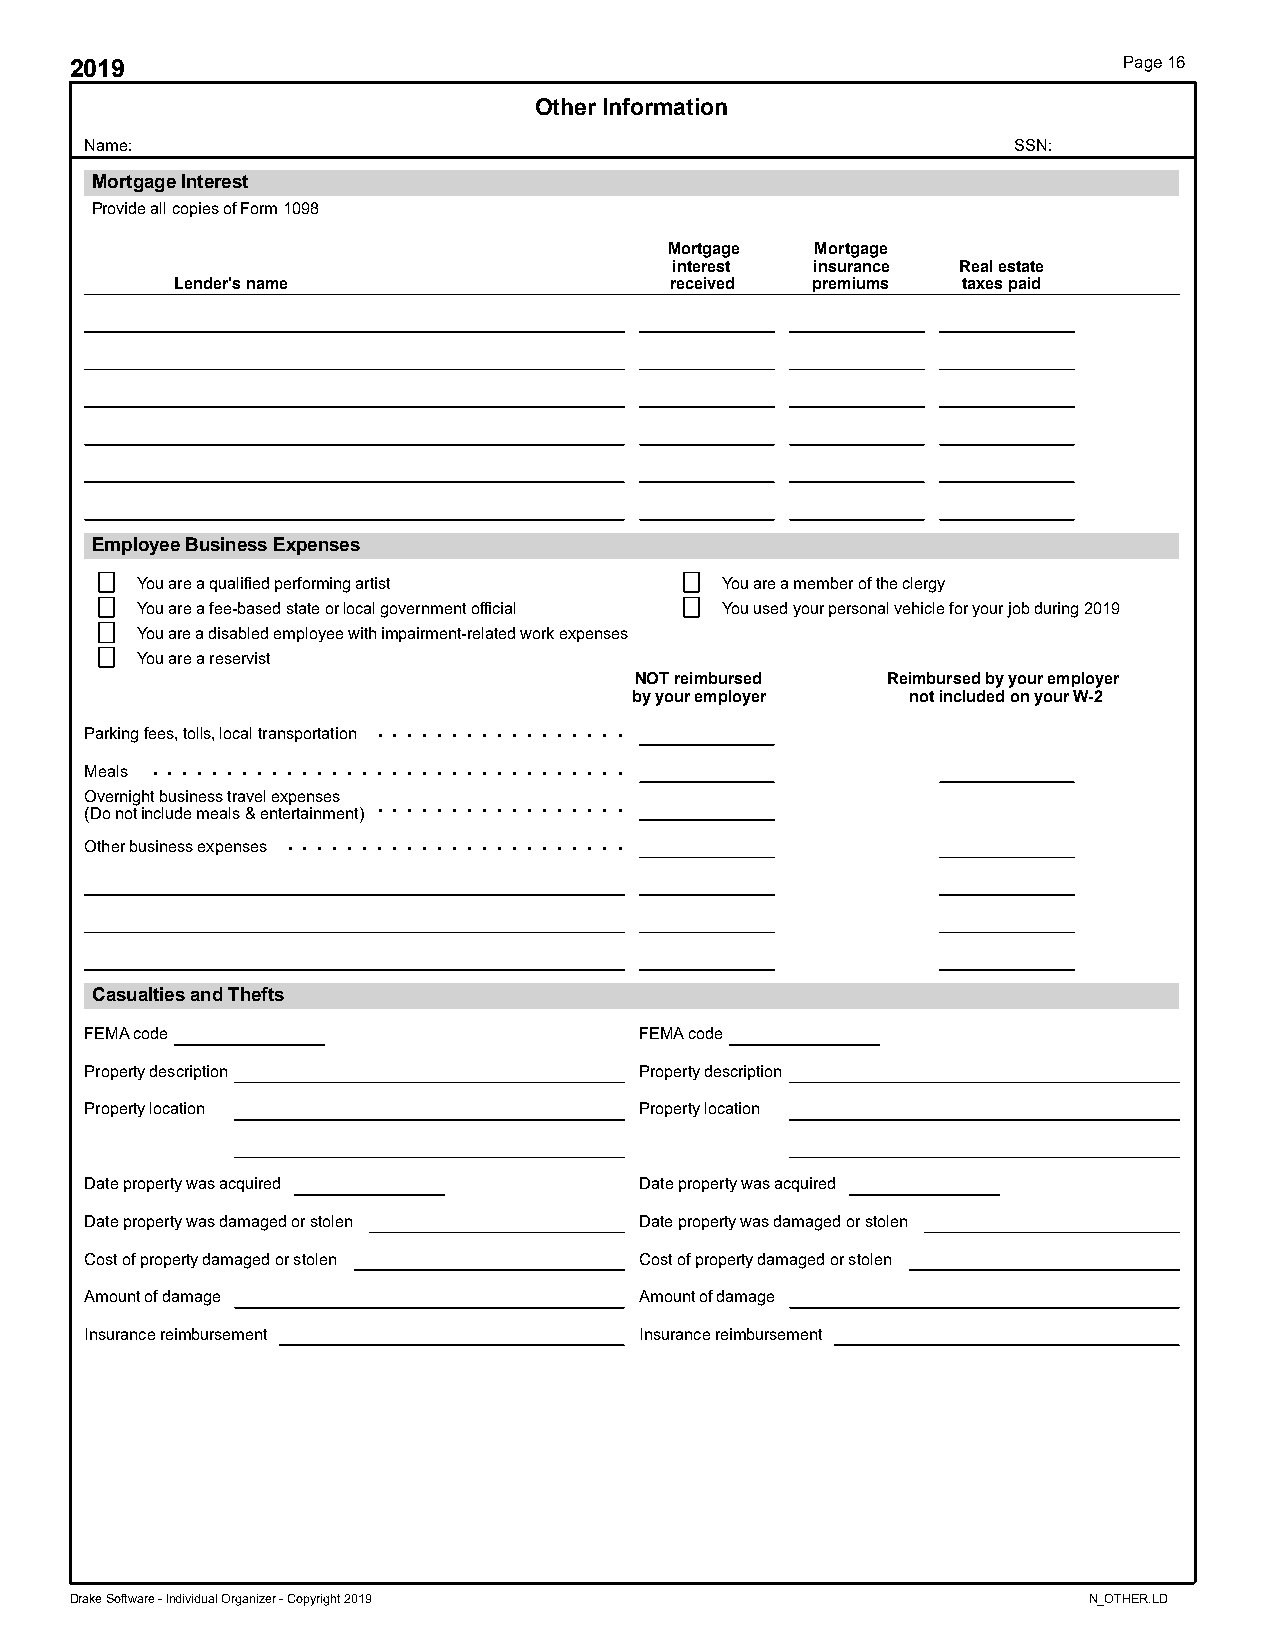
2019                                                                 Page 16
 Other Information
 Name:                                                        SSN:
 Mortgage Interest
 Provide all copies of Form 1098
 Mortgage  Mortgage
 interest insurance Real estate
 Lender's name                   received  premiums  taxes paid
 Employee Business Expenses
 You are a qualified performing artist  You are a member of the clergy
 You are a fee-based state or local government official You used your personal vehicle for your job during 2019
 You are a disabled employee with impairment-related work expenses
 You are a reservist
 NOT reimbursed   Reimbursed by your employer
 by your employer  not included on your W-2
 . . . . . . . . . . . . . . . . .
 Parking fees, tolls, local transportation
 . . . . . . . . . . . . . . . . . . . . . . . . . . . . . . . .
 Meals
 Overnight business travel expenses . . . . . . . . . . . . . . . . .
 (Do not include meals & entertainment)
 . . . . . . . . . . . . . . . . . . . . . . .
 Other business expenses
 Casualties and Thefts
 FEMA code                           FEMA code
 Property description                Property description
 Property location                   Property location
 Date property was acquired          Date property was acquired
 Date property was damaged or stolen Date property was damaged or stolen
 Cost of property damaged or stolen  Cost of property damaged or stolen
 Amount of damage                    Amount of damage
 Insurance reimbursement             Insurance reimbursement
 Drake Software - Individual Organizer - Copyright 2019             N_OTHER.LD